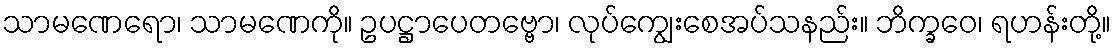
သာမဏေရော၊ သာမဏေကို။ ဥပဋ္ဌာပေတဗ္ဗော၊ လုပ်ကျွေးစေအပ်သနည်း။ ဘိက္ခဝေ၊ ရဟန်းတို့။